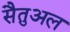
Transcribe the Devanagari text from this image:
सैतुअल